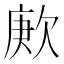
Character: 𬅪